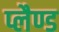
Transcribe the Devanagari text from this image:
प्लैण्ड